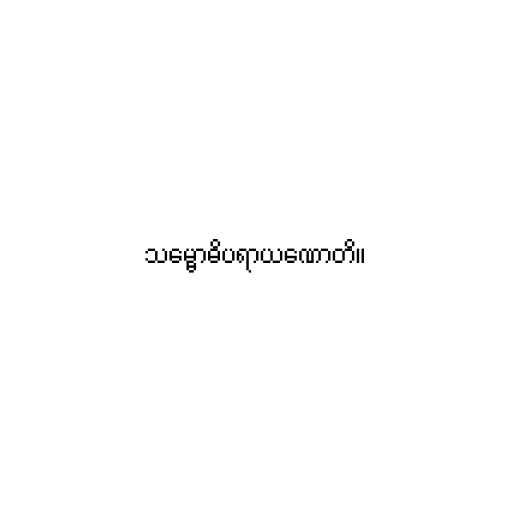
သမ္ဗောဓိပရာယဏောတိ။